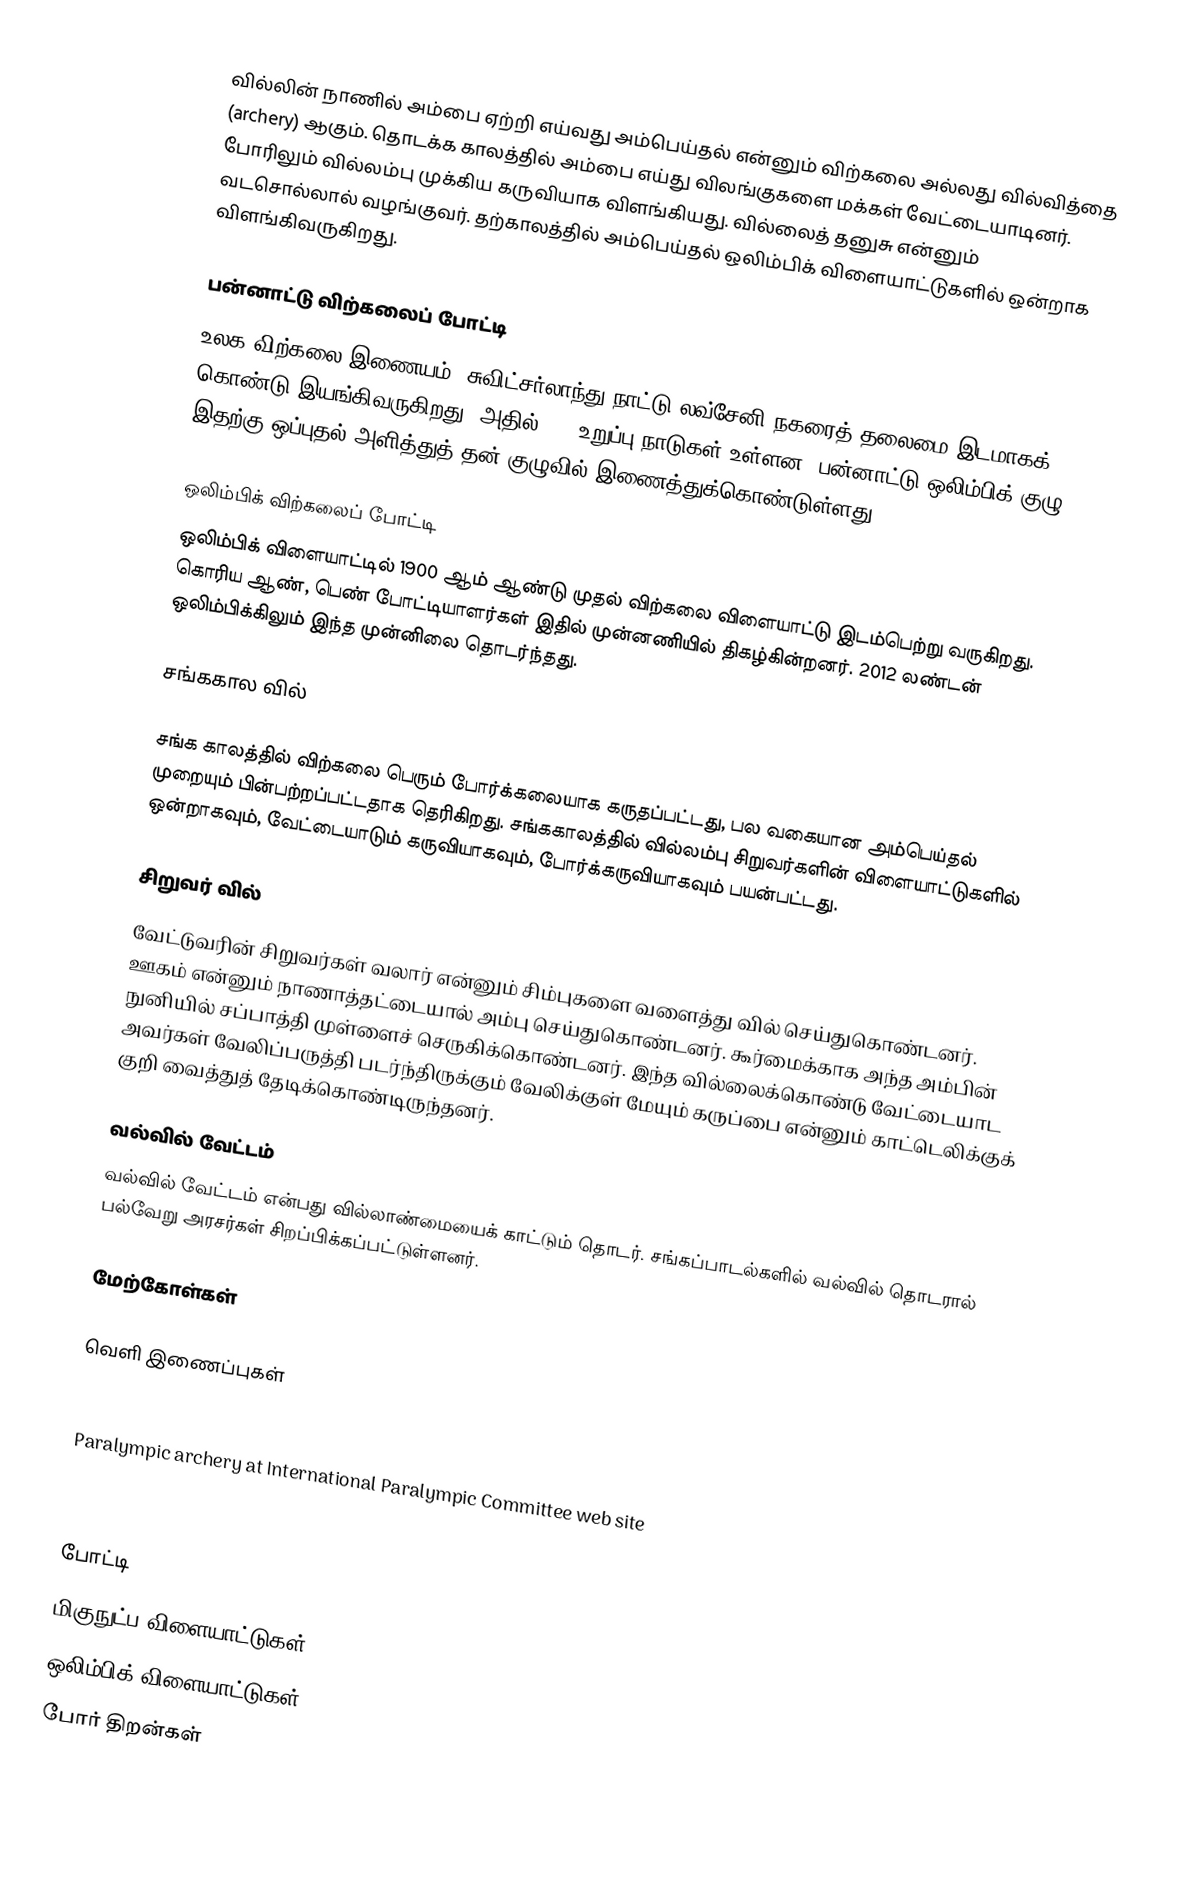
வில்லின் நாணில் அம்பை ஏற்றி எய்வது அம்பெய்தல் என்னும் விற்கலை அல்லது வில்வித்தை (archery) ஆகும். தொடக்க காலத்தில் அம்பை எய்து விலங்குகளை மக்கள் வேட்டையாடினர். போரிலும் வில்லம்பு முக்கிய கருவியாக விளங்கியது. வில்லைத் தனுசு என்னும் வடசொல்லால் வழங்குவர். தற்காலத்தில் அம்பெய்தல் ஒலிம்பிக் விளையாட்டுகளில் ஒன்றாக விளங்கிவருகிறது.

பன்னாட்டு விற்கலைப் போட்டி
உலக விற்கலை இணையம், சுவிட்சர்லாந்து நாட்டு லவ்சேனி நகரைத் தலைமை இடமாகக் கொண்டு இயங்கிவருகிறது. அதில் 140 உறுப்பு-நாடுகள் உள்ளன. பன்னாட்டு ஒலிம்பிக் குழு இதற்கு ஒப்புதல் அளித்துத் தன் குழுவில் இணைத்துக்கொண்டுள்ளது.

ஒலிம்பிக் விற்கலைப் போட்டி
ஒலிம்பிக் விளையாட்டில் 1900 ஆம் ஆண்டு முதல் விற்கலை விளையாட்டு இடம்பெற்று வருகிறது. கொரிய ஆண், பெண் போட்டியாளர்கள் இதில் முன்னணியில் திகழ்கின்றனர். 2012 லண்டன் ஒலிம்பிக்கிலும் இந்த முன்னிலை தொடர்ந்தது.

சங்ககால வில்

சங்க காலத்தில் விற்கலை பெரும் போர்க்கலையாக கருதப்பட்டது, பல வகையான அம்பெய்தல் முறையும் பின்பற்றப்பட்டதாக தெரிகிறது. சங்ககாலத்தில் வில்லம்பு சிறுவர்களின் விளையாட்டுகளில் ஒன்றாகவும், வேட்டையாடும் கருவியாகவும், போர்க்கருவியாகவும் பயன்பட்டது.

சிறுவர் வில்
வேட்டுவரின் சிறுவர்கள் வலார் என்னும் சிம்புகளை வளைத்து வில் செய்துகொண்டனர். ஊகம் என்னும் நாணாத்தட்டையால் அம்பு செய்துகொண்டனர். கூர்மைக்காக அந்த அம்பின் நுனியில் சப்பாத்தி முள்ளைச் செருகிக்கொண்டனர். இந்த வில்லைக்கொண்டு வேட்டையாட அவர்கள் வேலிப்பருத்தி படர்ந்திருக்கும் வேலிக்குள் மேயும் கருப்பை என்னும் காட்டெலிக்குக் குறி வைத்துத் தேடிக்கொண்டிருந்தனர்.

வல்வில் வேட்டம்
வல்வில் வேட்டம் என்பது வில்லாண்மையைக் காட்டும் தொடர். சங்கப்பாடல்களில் வல்வில் தொடரால் பல்வேறு அரசர்கள் சிறப்பிக்கப்பட்டுள்ளனர்.

மேற்கோள்கள்

வெளி இணைப்புகள்

 Paralympic archery at International Paralympic Committee web site
 USA Archery is the National Governing Body

போட்டி
மிகுநுட்ப விளையாட்டுகள்
ஒலிம்பிக் விளையாட்டுகள்
போர் திறன்கள்